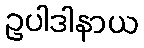
ဥပါဒါနာယ